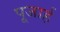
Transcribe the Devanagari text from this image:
पूजार्ह